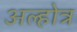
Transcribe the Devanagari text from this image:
अल्होत्र